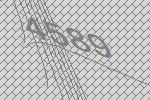
4589